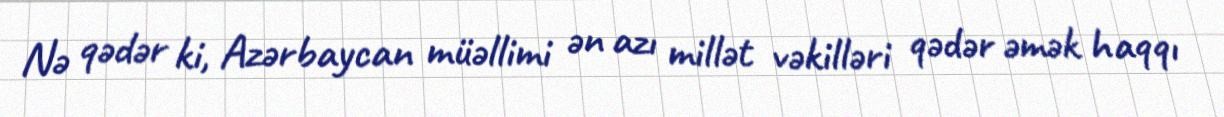
Nə qədər ki, Azərbaycan müəllimi ən azı millət vəkilləri qədər əmək haqqı